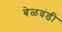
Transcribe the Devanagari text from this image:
बेळवंडी